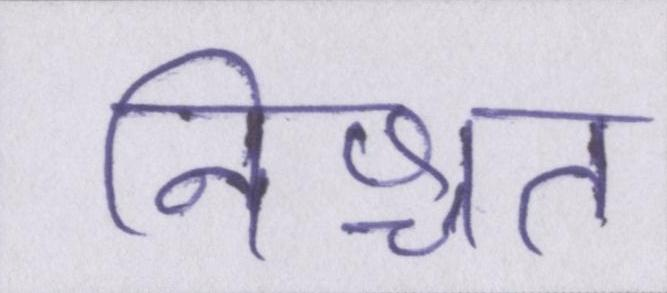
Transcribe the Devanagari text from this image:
निश्चत